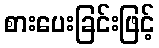
စားပေးခြင်းဖြင့်